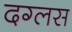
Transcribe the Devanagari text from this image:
दग्लस